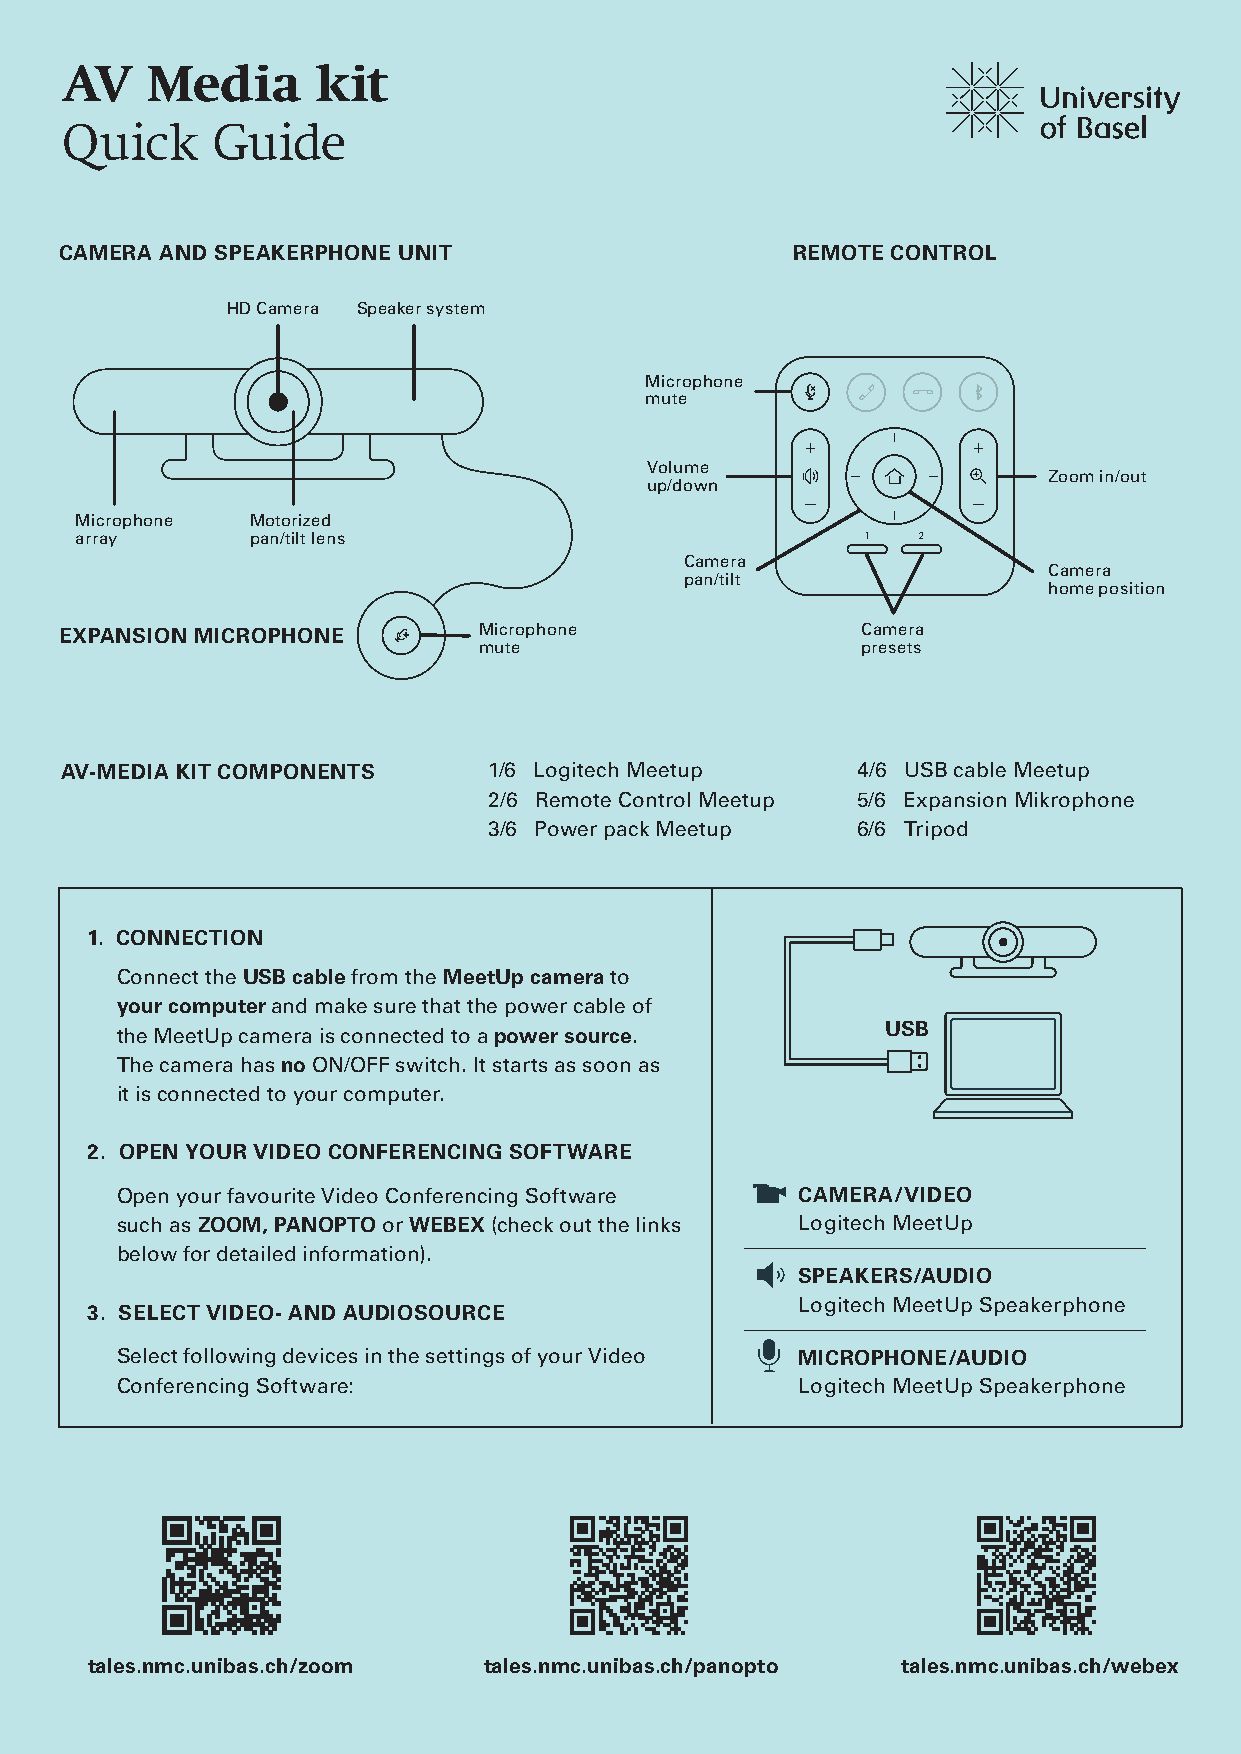
AV    Media      kit
 Quick     Guide
 CAMERA AND SPEAKERPHONE UNIT                    REMOTE CONTROL
 HD Camera Speaker system
 Microphone
 mute
 Volume
 Zoom in/out
 up/down
 Microphone  Motorized
 array       pan/tilt lens
 Camera
 Camera
 pan/tilt
 home position
 EXPANSION MICROPHONE        Microphone               Camera
 mute                     presets
 AV-MEDIA KIT COMPONENTS     1/6 Logitech Meetup      4/6 USB cable Meetup
 2/6 Remote Control Meetup 5/6 Expansion Mikrophone
 3/6 Power pack Meetup    6/6 Tripod
 1. CONNECTION
 Connect the USB cable from the MeetUp camera to
 your computer and make sure that the power cable of
 USB
 the MeetUp camera is connected to a power source.
 The camera has no ON/OFF switch. It starts as soon as
 it is connected to your computer.
 2. OPEN YOUR VIDEO CONFERENCING SOFTWARE
 Open your favourite Video Conferencing Software CAMERA/VIDEO
 such as ZOOM, PANOPTO or WEBEX (check out the links Logitech MeetUp
 below for detailed information).
 SPEAKERS/AUDIO
 Logitech MeetUp Speakerphone
 3. SELECT VIDEO- AND AUDIOSOURCE
 Select following devices in the settings of your Video MICROPHONE/AUDIO
 Conferencing Software:                       Logitech MeetUp Speakerphone
 tales.nmc.unibas.ch/zoom  tales.nmc.unibas.ch/panopto tales.nmc.unibas.ch/webex